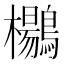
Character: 𱈾